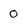
Character: O